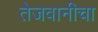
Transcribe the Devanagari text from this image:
तेजवानीचा